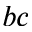
b c